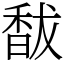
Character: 馛